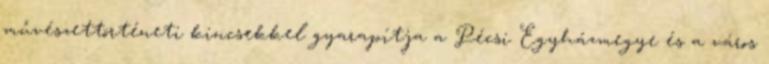
művészettörténeti kincsekkel gyarapítja a Pécsi Egyházmegye és a város